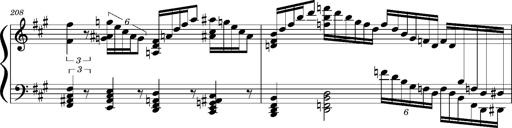
Title: Concerto sans orchestre, S.524a
Composer: Franz Liszt
Key: A major